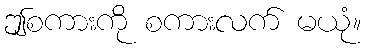
ဤစကားကို စကားလက် မယုံ။